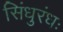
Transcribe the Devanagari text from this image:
सिंधुरंधः